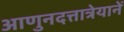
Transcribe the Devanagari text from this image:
आणुनदत्तात्रेयानें